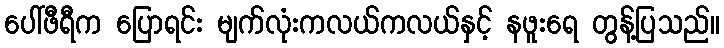
ပေါ်ဖီရီက ပြောရင်း မျက်လုံးကလယ်ကလယ်နှင့် နဖူးရေ တွန့်ပြသည်။